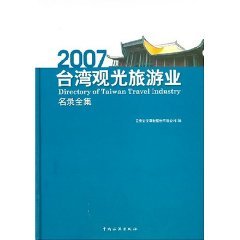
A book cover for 2007 travel and tourism industry in Taiwan (Complete List) (hardcover); Unknown; Travel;